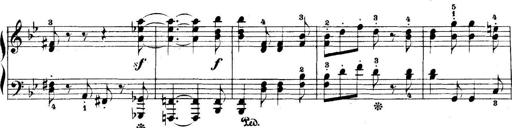
Title: 5 Sonatinas
Composer: Theodor Kirchner